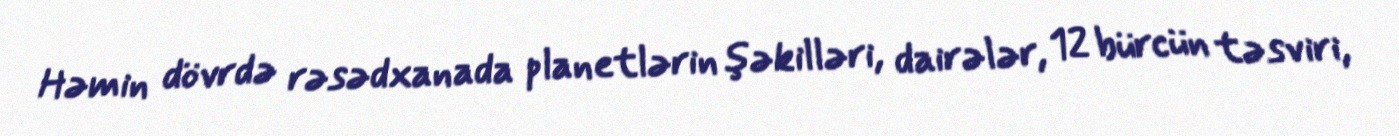
Həmin dövrdə rəsədxanada planetlərin şəkilləri, dairələr, 12 bürcün təsviri,